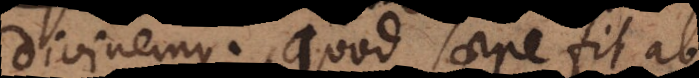
divinemus. Quod saepe fit ab